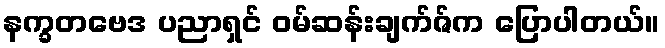
နက္ခတဗေဒ ပညာရှင် ဝမ်ဆန်းချက်ဇ်က ပြောပါတယ်။